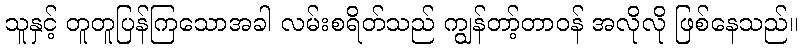
သူနှင့် တူတူပြန်ကြသောအခါ လမ်းစရိတ်သည် ကျွန်တာ့်တာဝန် အလိုလို ဖြစ်နေသည်။